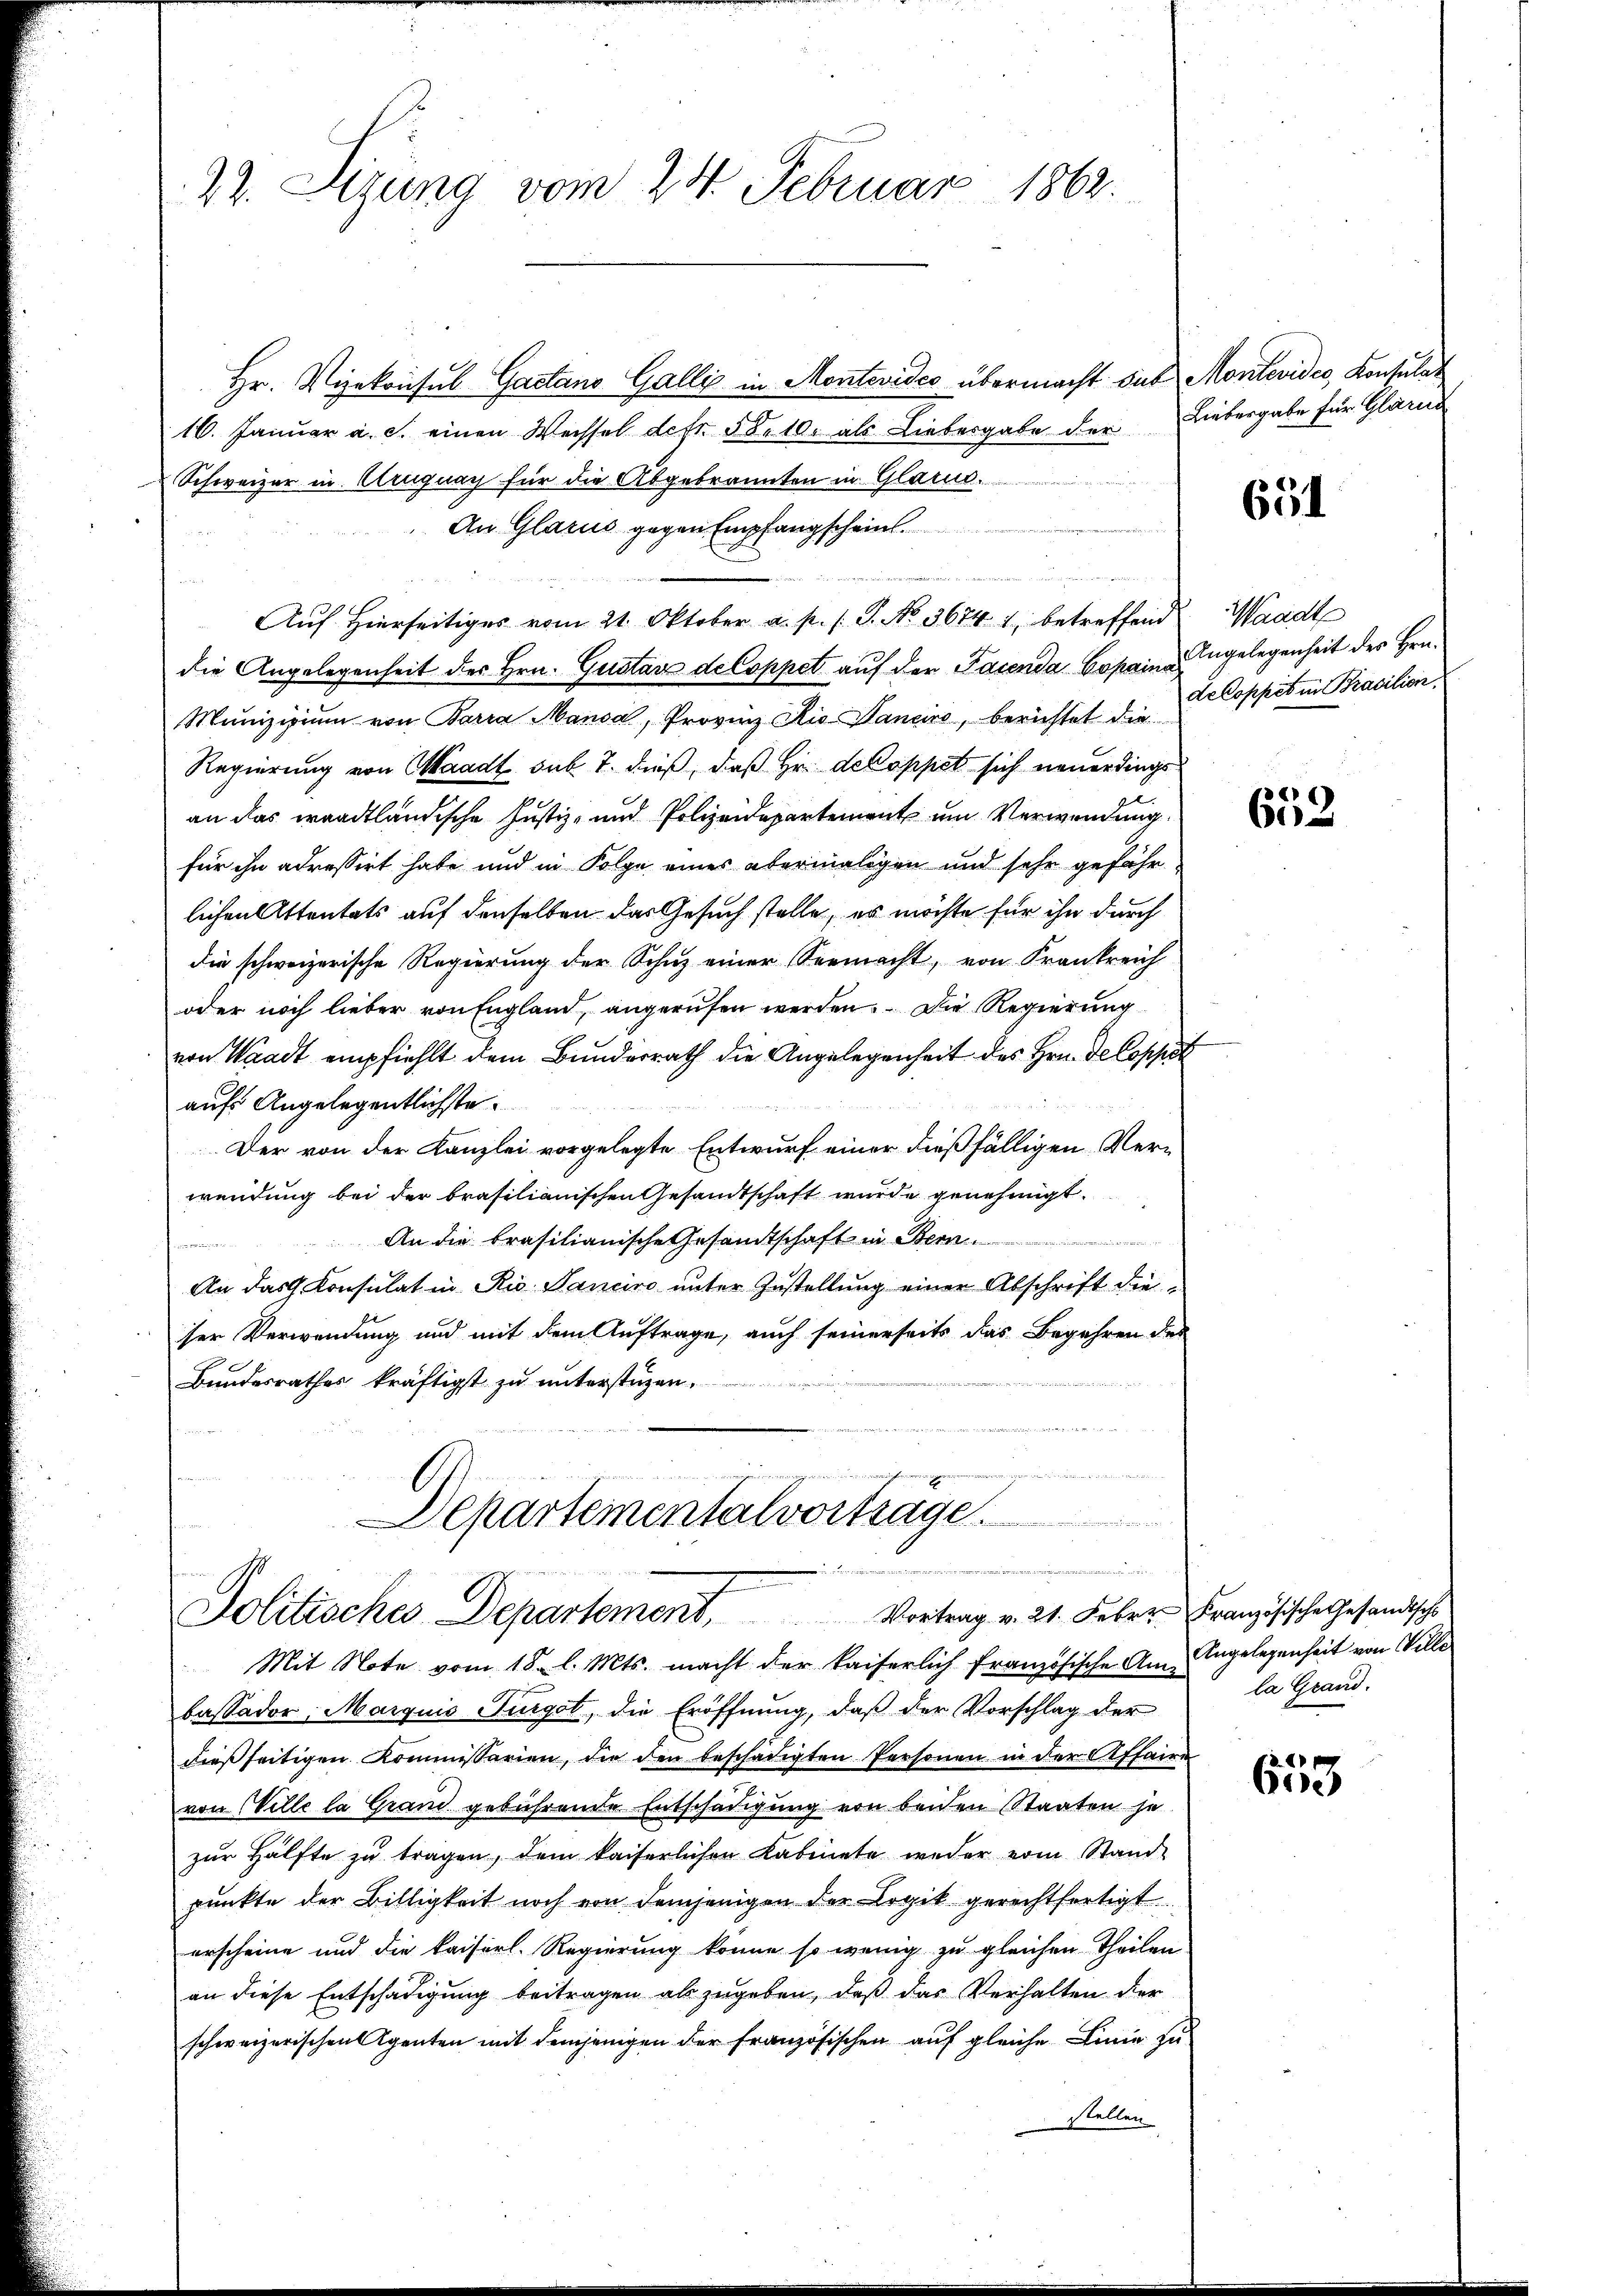
22. Sigung vom 24. Februar 1862.

Hr. Vizekonsul Gaetano Galli in Montevides übermacht sub Montevideo, Konsulat
16. Januar a. c. einen Weissel defr. 58. 10. als Liebergabe der Liebergabe für Glarus
Schweizer in Cruguay für die Abgebrannten in Glarus.
An Glarus gegen Empfangscheint.

Auf hierseitiges vom 21. Oktober a. p. s. S. No. 3674. 1, betreffend Waadt
die Angelegenheit der Hrn. Gustav de Coppet auf der Pacenda Copaina
Munizipium von Barra Mansa, Provinz Kio Vanciro, berichtet die
Regierung von Waadt, sub 7. dieß, daß Hr. de Coppet sich neuerdings
an das waadtländische Justiz- und Polizeidepartement um Verwendung
für ihn adressirt habe und in Folge eines abermaligen und sehr gefährlichen Attentats auf denselben das Gesuch stelle, es möchte für ihn durch
die schweizerische Regierung der Schuz einer Seemacht, von Frankreich
oder noch lieber von England, angerufen werden. Die Regierung
von Waadt empfiehlt dem Bundesrath die Angelegenheit des Hrn. Decoppst
aufs Angelegentlichste.
Der von der Kanzlei vorgelegte Entwurf einer dießfälligen Verwendung bei der brasilianischen Gesandtschaft wurde genehmigt.
An die brasilianische Gesandtschaft in Bern
An das Konsulat in Rio Sanciro unter Zustellung einer Abschrift dieser Verwendung und mit dem Auftrage, auch seinerseits das Begehren des
x
Bundesrathes kräftigt zu unterstüzen.
d
Departementalvorträge.

Politisches Departement. Vortrag v. 21. Feber Französische Gesandtsche
Mit Note vom 18. l. Mts. macht der kaiserlich französische Am Angelegenheit von Wille

bassador Marquis Furgot, die Eröffnŭng, daβ der Vorschlag der la Grand-
dießseitigen Kommissarien, die den beschädigten Personen in der Affaire
von Ville la Grand gebührende Entschädigung von beiden Staaten je
zŭr Hälfte zŭ tragen, dem kaiserlichen Kabinete weder vom Stand
punkte der Billigkeit noch von demjenigen der Logik gerechtfertigt
erscheine und die kaiserl. Regierung könne so wenig zu gleichen Theilen
an diese Entschädigung beitragen als zugeben, daß das Verhalten der
schweizerischen Agenten mit demjenigen der Französischen auf gleiche Linie zu
stellen

651

Angelegenheit des Hrn.
dekoppet in Brasilien

«
60

2. 20 x
Gise